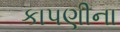
કાપણીના